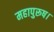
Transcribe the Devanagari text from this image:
महापुरूष।